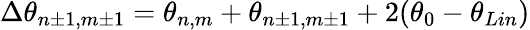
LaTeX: \Delta{\theta_{n\pm 1,m\pm 1}}=\theta_{n,m}+\theta_{n\pm 1,m\pm 1}+2(\theta_{0}-\theta_{Lin})